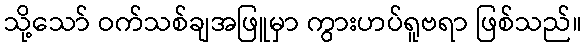
သို့သော် ဝက်သစ်ချအဖြူမှာ ကွားဟပ်ရူဗရာ ဖြစ်သည်။